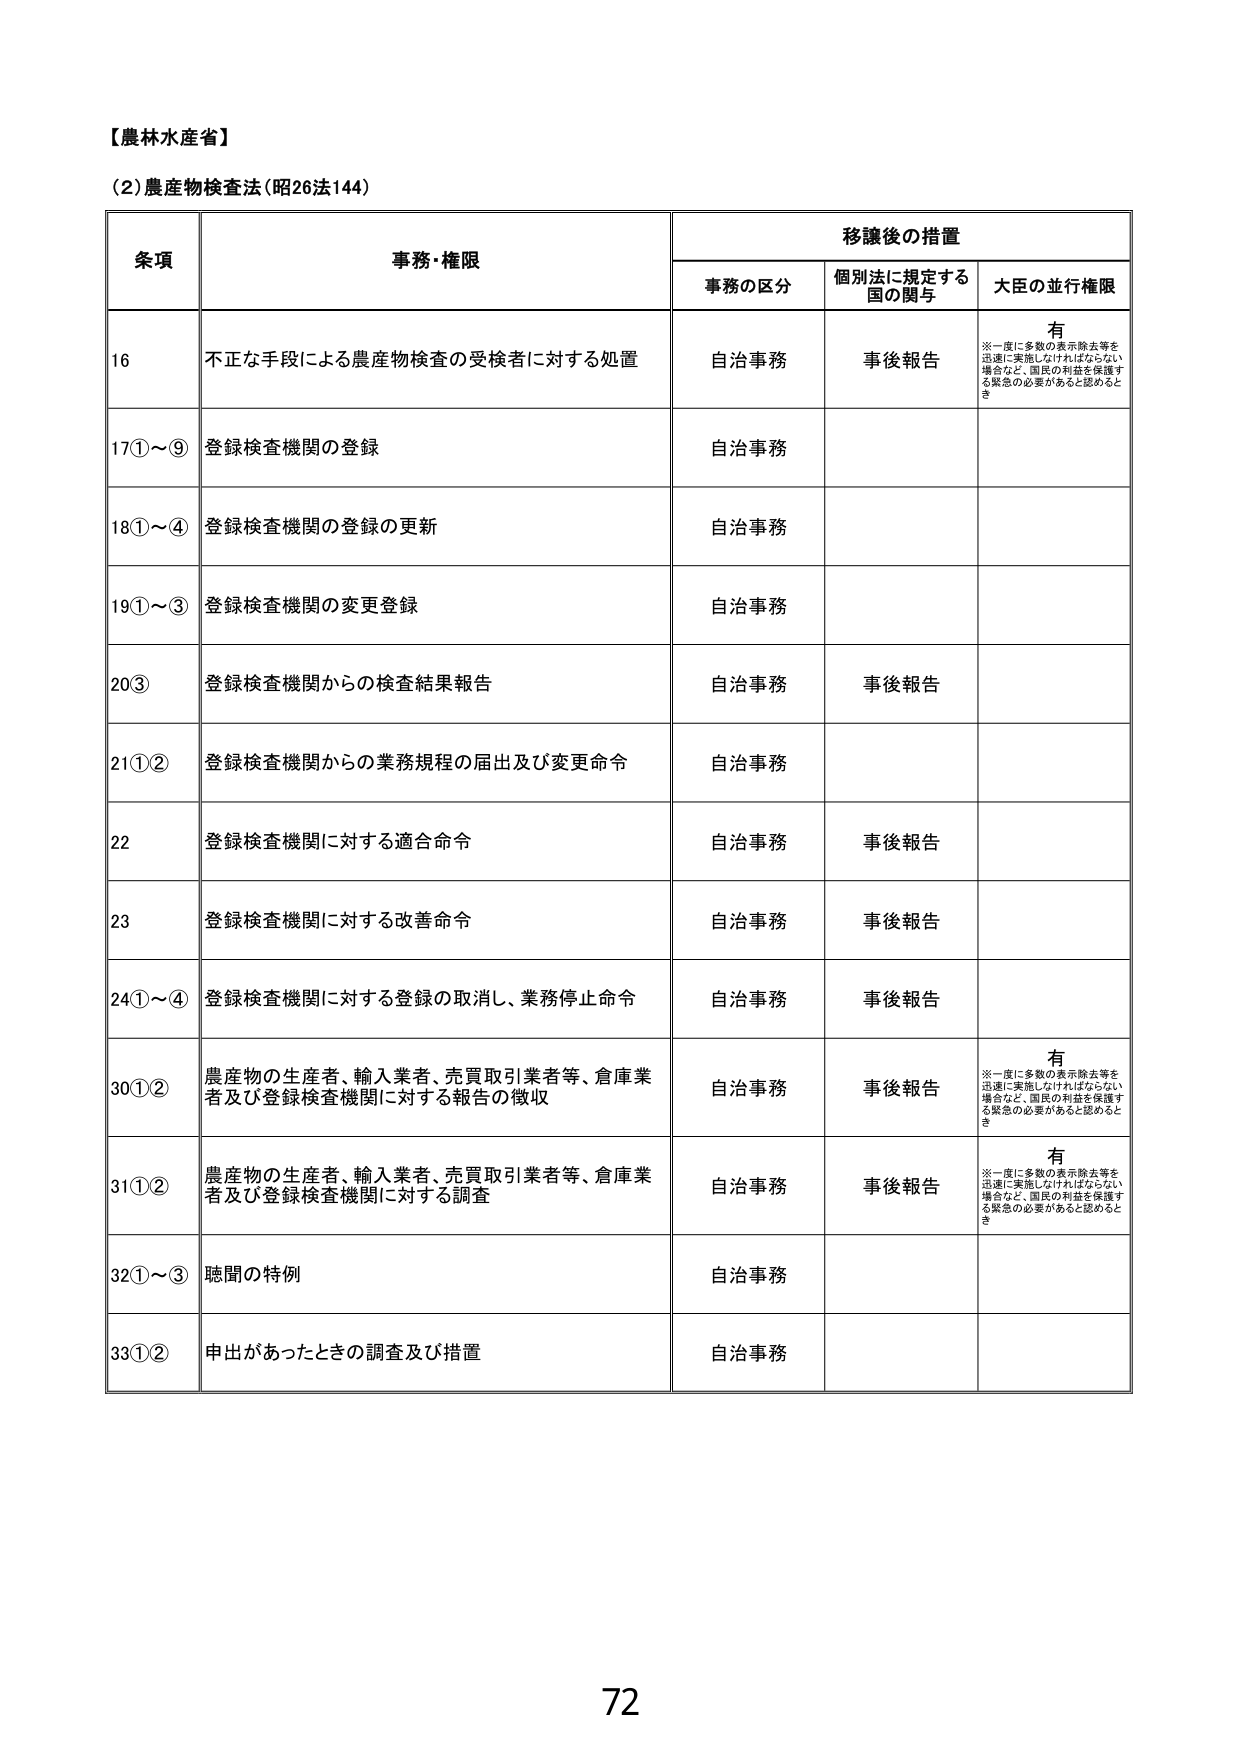
【農林水産省】
(2)農産物検査法（昭26法144）

条項  事務・権限  移譲後の措置
　　　　　　　　　　事務の区分  個別法に規定する国 の関与  大臣の並行権限

16  不正な手段による農産物検査の受検者に対する処置  自治事務  事後報告  有
　　　　　　　　　　　　　　　　　　　　　　　　　※一度に多数の表示除去等を迅速に実施しなければならない場合など、国民の利益を保護する緊急の必要があると認めるとき

17①～⑨  登録検査機関の登録  自治事務

18①～④  登録検査機関の登録の更新  自治事務

19①～③  登録検査機関の変更登録  自治事務

20③  登録検査機関からの検査結果報告  自治事務  事後報告

21①②  登録検査機関からの業務規程の届出及び変更命令  自治事務

22  登録検査機関に対する適合命令  自治事務  事後報告

23  登録検査機関に対する改善命令  自治事務  事後報告

24①～④  登録検査機関に対する登録の取消し、業務停止命令  自治事務  事後報告

30①②  農産物の生産者、輸入業者、売買取引業者等、倉庫業者及び登録検査機関に対する報告の徴収  自治事務  事後報告  有
　　　　　　　　　　　　　　　　　　　　　　　　　※一度に多数の表示除去等を迅速に実施しなければならない場合など、国民の利益を保護する緊急の必要があると認めるとき

31①②  農産物の生産者、輸入業者、売買取引業者等、倉庫業者及び登録検査機関に対する調査  自治事務  事後報告  有
　　　　　　　　　　　　　　　　　　　　　　　　　※一度に多数の表示除去等を迅速に実施しなければならない場合など、国民の利益を保護する緊急の必要があると認めるとき

32①～③  聴聞の特例  自治事務

33①②  申出があったときの調査及び措置  自治事務

72